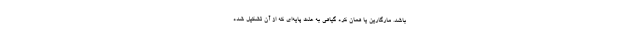
باشد. مارگارین یا همان کره گیاهی به علت پایه‌ای که از آن تشکیل شده